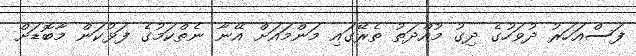
ފަސްއަހަރު ދުވަހުގެ ދިގު މުއްދަތު ތެރޭގައި މަންމައަށް އޭނާ ނެތްކަމުގެ ފަޅުކަން މާބޮޑަށް